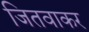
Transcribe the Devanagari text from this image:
जितवाकर